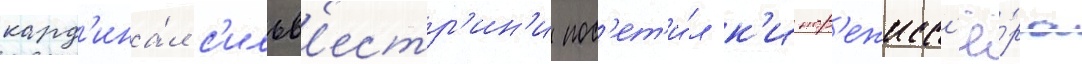
кард'ина́л с'ильв'естр'ин'и пос'ет'и́л к'инор'ежисс'ё́ра